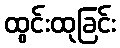
ထွင်းထုခြင်း